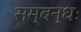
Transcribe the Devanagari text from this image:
सम्बन्धः